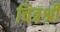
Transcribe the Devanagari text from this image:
चित्रश्री